Problem: 5 × 6 = ?
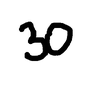
Handwritten answer: 30